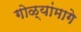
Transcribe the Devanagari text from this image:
गोळ्यांमागे